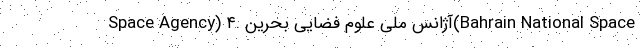
Space Agency) ۴. آژانس ملی علوم فضایی بحرین(Bahrain National Space